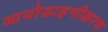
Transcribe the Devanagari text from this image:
आयोडाइनीकरण